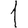
Digit: 1